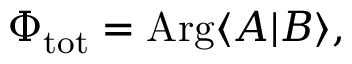
\Phi _ { \mathrm { t o t } } = \mathrm { A r g } \langle A | B \rangle ,